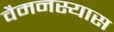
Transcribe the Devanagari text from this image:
वैमनस्यास